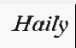
Haily